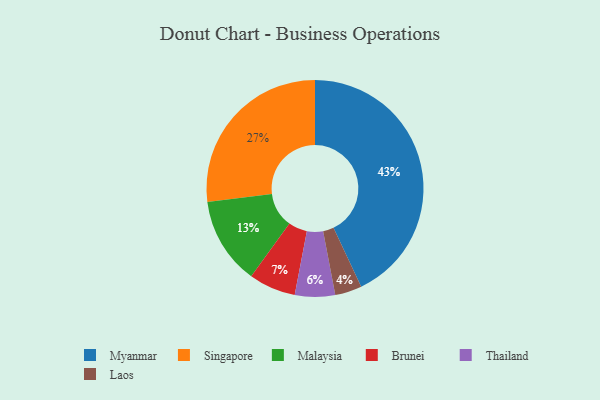
{"axis": {"x": "Category", "y": "Percentage"}, "legend": ["Brunei", "Laos", "Malaysia", "Myanmar", "Singapore", "Thailand"], "data": [{"x": "Thailand", "y": 6, "type": "Thailand"}, {"x": "Myanmar", "y": 43, "type": "Myanmar"}, {"x": "Laos", "y": 4, "type": "Laos"}, {"x": "Brunei", "y": 7, "type": "Brunei"}, {"x": "Malaysia", "y": 13, "type": "Malaysia"}, {"x": "Singapore", "y": 27, "type": "Singapore"}]}